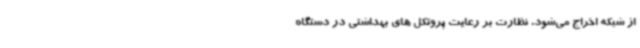
از شبکه اخراج می‌شود. نظارت بر رعایت پروتکل های بهداشتی در دستگاه